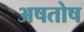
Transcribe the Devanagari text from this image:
अषतोष